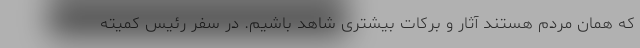
که همان مردم هستند آثار و برکات بیشتری شاهد باشیم. در سفر رئیس کمیته